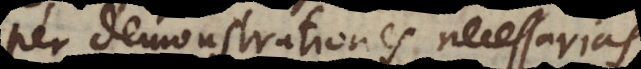
per demonstrationes necessarias